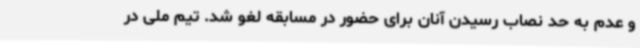
و عدم به حد نصاب رسیدن آنان برای حضور در مسابقه لغو شد. تیم ملی در